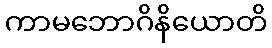
ကာမဘောဂိနိယောတိ